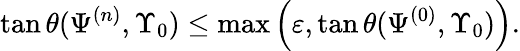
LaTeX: {\tan\theta(\Psi^{(n)},\Upsilon_{0})\leq\operatorname*{max}\left(\varepsilon,\tan\theta(\Psi^{(0)},\Upsilon_{0})\right).}